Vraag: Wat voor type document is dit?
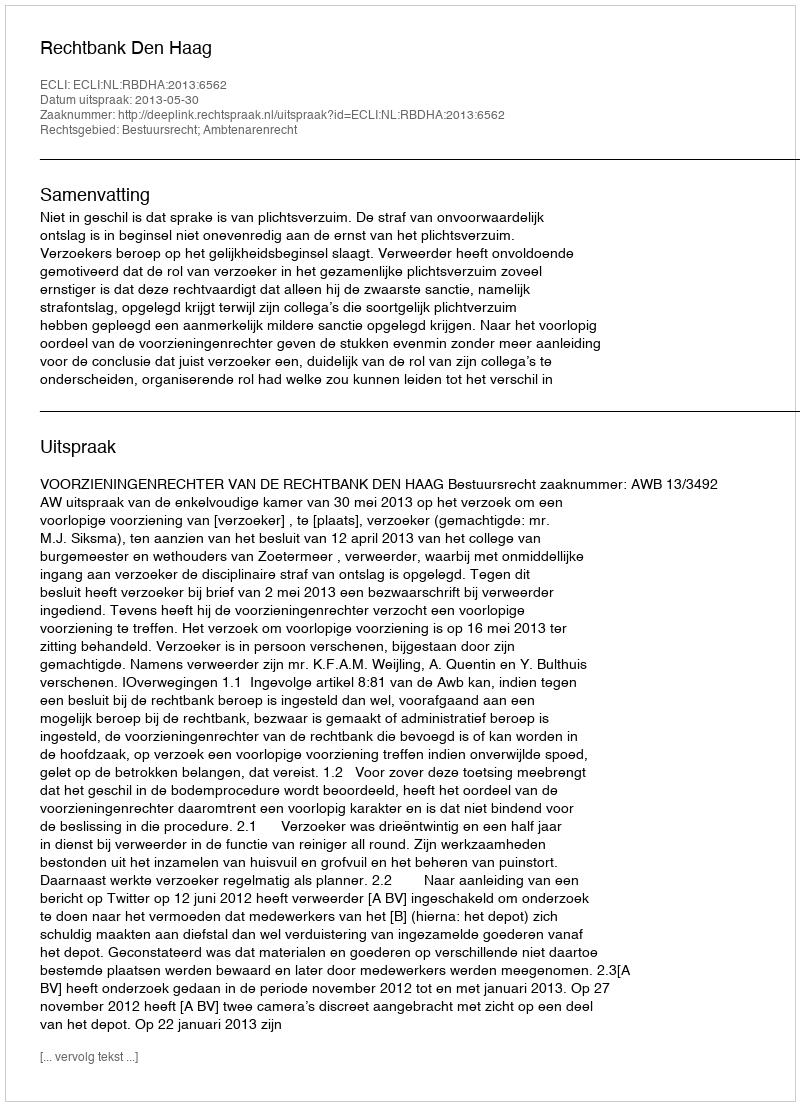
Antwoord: Uitspraak